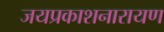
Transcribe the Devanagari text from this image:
जयप्रकाशनारायण